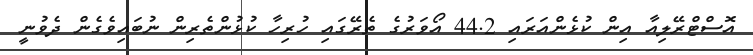
އޮސްޓްރޭލިއާ އިން ކުޅެންއަރައި 44.2 އޯވަރުގެ ތެރޭގައި ހުރިހާ ކުޅުންތެރިން ނުބައިވެގެން ދެވުނީ